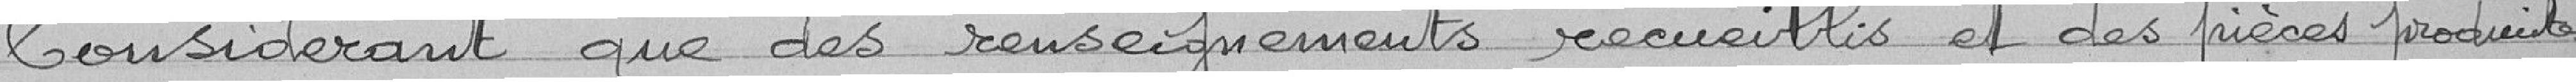
Considérant que des renseignements recueillis et des pièces produites,